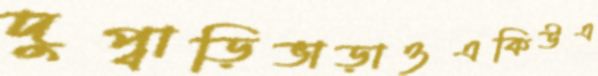
দুপ্‌বাড়িভাড়াওএকিউএ